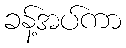
ခန့်အပ်ကာ